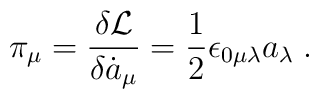
\pi_\mu=\frac{\delta{\cal L}}{\delta \dot{a}_\mu}= \frac{1}{2}\epsilon_{0\mu\lambda}a_\lambda\;.